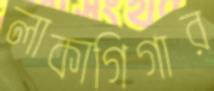
লাকাগিগার